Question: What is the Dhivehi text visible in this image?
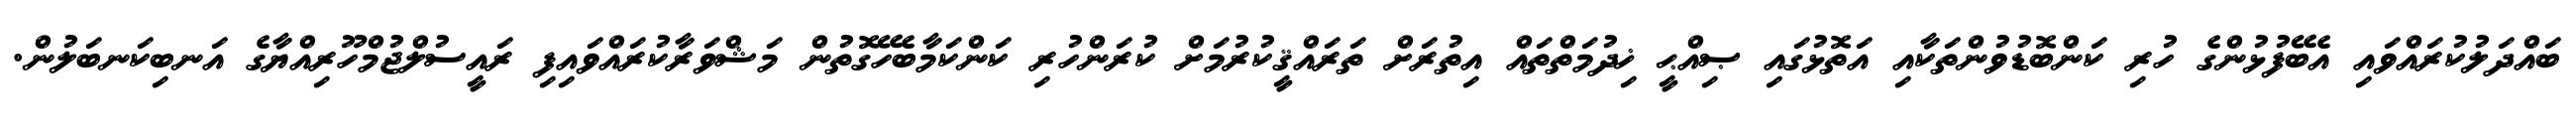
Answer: ބައްދަލުކުރައްވައި އެބޭފުޅުންގެ ހުރި ކަންބޮޑުވުންތަކާއި އަތޮޅުގައި ޞިއްޙީ ޚިދުމަތްތައް އިތުރަށް ތަރައްޤީކުރުމަށް ކުރަންހުރި ކަންކަމާބެހޭގޮތުން މަޝްވަރާކުރައްވައިފި ރައީސުލްޖުމްހޫރިއްޔާގެ އަނބިކަނބަލުން.